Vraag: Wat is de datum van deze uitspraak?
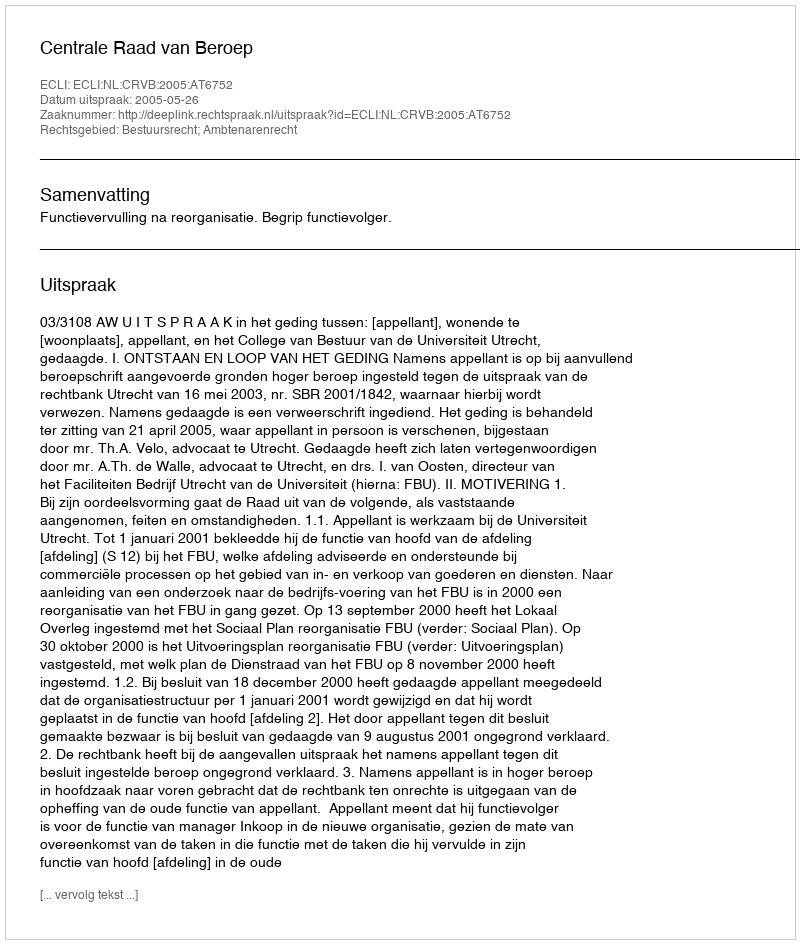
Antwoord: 2005-05-26